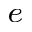
^ e